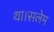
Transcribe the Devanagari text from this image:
था।सलेम